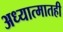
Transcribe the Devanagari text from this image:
अध्यात्मातही